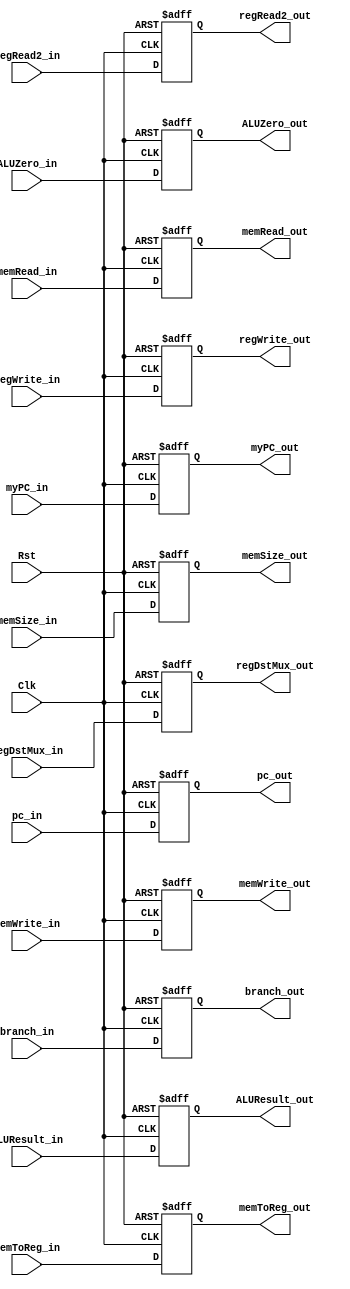
`timescale 1ns / 1ps

module EX_MEM_Register(Clk, Rst,
                       memRead_in, memRead_out,
                       memWrite_in, memWrite_out,
                       branch_in, branch_out,
                       regWrite_in, regWrite_out,
                       regRead2_in, regRead2_out,
                       ALUZero_in, ALUZero_out,
                       regDstMux_in, regDstMux_out,
                       memToReg_in, memToReg_out,
                       ALUResult_in, ALUResult_out,
                       memSize_in, memSize_out,
                       myPC_in, myPC_out,
                       pc_in, pc_out);
    input Clk, Rst;
    input memRead_in; output reg memRead_out;
    input memWrite_in; output reg memWrite_out;
    input branch_in; output reg branch_out;
    input regWrite_in; output reg regWrite_out;
    input [31:0] regRead2_in; output reg [31:0] regRead2_out;
    input ALUZero_in; output reg ALUZero_out;
    input [4:0] regDstMux_in; output reg [4:0] regDstMux_out;
    input memToReg_in; output reg memToReg_out;
    input [31:0] ALUResult_in; output reg [31:0] ALUResult_out;
    input [1:0] memSize_in; output reg [1:0] memSize_out;
    input [31:0] myPC_in; output reg [31:0] myPC_out;
    input [31:0] pc_in; output reg [31:0] pc_out;
    
    always @(posedge Clk or posedge Rst) begin
        if (Rst) begin
            memRead_out <= 0; 
            memWrite_out <= 0;
            branch_out <= 0;
            regWrite_out <= 0;
            regRead2_out <= 0;
            ALUZero_out <= 0;
            regDstMux_out <= 0;
            memToReg_out <= 0;
            ALUResult_out <= 0;
            memSize_out <= 0;
            myPC_out <= 32'bx;
            pc_out <= 0;
        end else begin
            memRead_out <= memRead_in; 
            memWrite_out <= memWrite_in;
            branch_out <= branch_in;
            regWrite_out <= regWrite_in;
            regRead2_out <= regRead2_in;
            ALUZero_out <= ALUZero_in;
            regDstMux_out <= regDstMux_in;
            memToReg_out <= memToReg_in;
            ALUResult_out <= ALUResult_in;
            memSize_out <= memSize_in;
            myPC_out <= myPC_in;
            pc_out <= pc_in;
        end
    end
   
endmodule